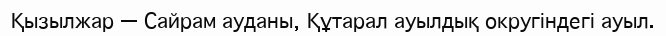
Қызылжар — Сайрам ауданы, Құтарал ауылдық округіндегі ауыл.